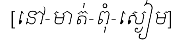
[នៅ-មាត់-ពុំ-ស្ងៀម]